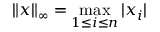
\| x \| _ { \infty } = \max _ { 1 \leq i \leq n } | x _ { i } |